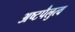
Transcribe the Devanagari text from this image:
अष्टपैलुत्व